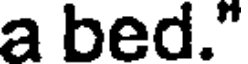
a bed."